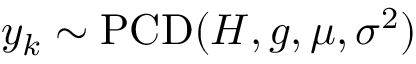
y _ { k } \sim \operatorname { P C D } ( H , g , \mu , \sigma ^ { 2 } )